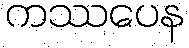
ကဿပေန